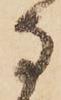
な